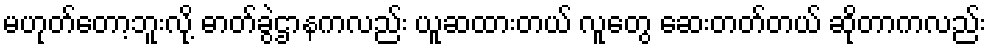
မဟုတ်တော့ဘူးလို့ ဓာတ်ခွဲဌာနကလည်း ယူဆထားတယ် လူတွေ ဆေးတတ်တယ် ဆိုတာကလည်း